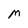
Character: M